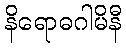
နိရောဓဂါမိနီ